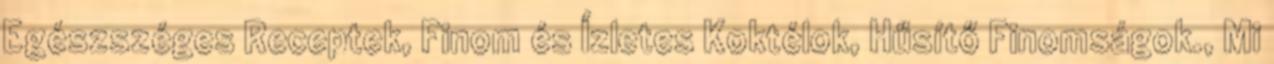
Egészszéges Receptek, Finom és Ízletes Koktélok, Hűsítő Finomságok., Mi